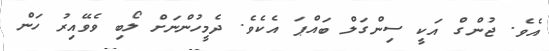
އެވެ. ޖުންގް އަކީ ސިންގަލް ބައްޕަ އެކެވެ. ދެމީހުންނަށް ލޯބި ވެވޭއިރު ހަން